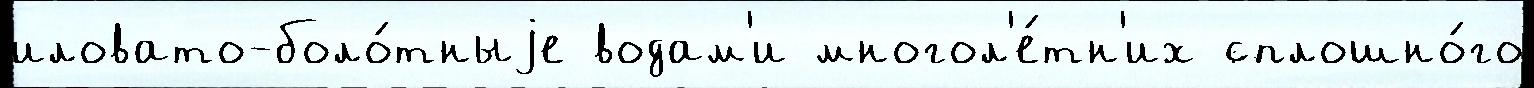
иловато-боло́тныjе водам'и многол'е́тн'их сплошно́го